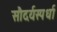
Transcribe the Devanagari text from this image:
सौदर्यस्पर्धा